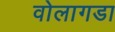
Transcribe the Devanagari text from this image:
वोलागडा